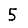
Digit: 5